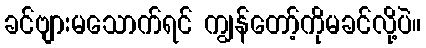
ခင်ဗျားမသောက်ရင် ကျွန်တော့်ကိုမခင်လို့ပဲ။